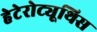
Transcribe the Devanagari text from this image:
हेटेरोट्यूथिस